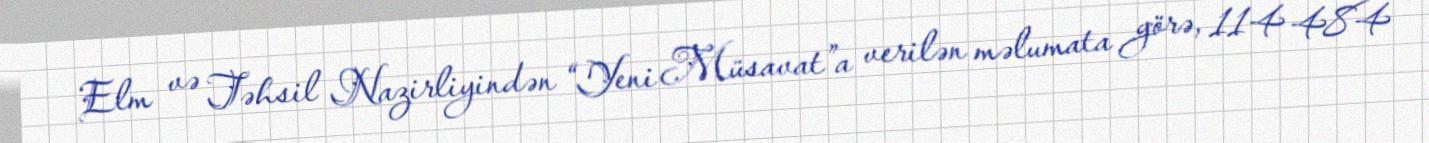
Elm və Təhsil Nazirliyindən “Yeni Müsavat”a verilən məlumata görə, 114 484